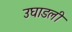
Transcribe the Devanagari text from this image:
उघाडली